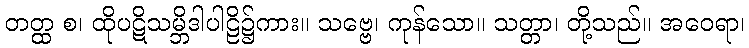
တတ္ထ စ၊ ထိုပဋိသမ္ဘိဒါပါဠိ၌ကား။ သဗ္ဗေ၊ ကုန်သော။ သတ္တာ၊ တို့သည်။ အဝေရာ၊